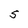
Character: S